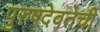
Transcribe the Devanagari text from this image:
पुरुषदेवतेची